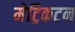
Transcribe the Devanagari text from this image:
मेट्रिकटन